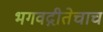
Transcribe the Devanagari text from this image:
भगवद्गीतेचाच